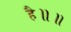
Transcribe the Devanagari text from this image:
है॥॥